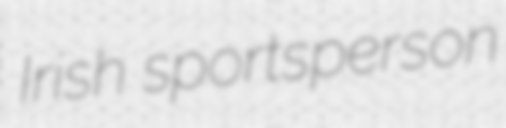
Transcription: Irish sportsperson